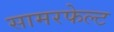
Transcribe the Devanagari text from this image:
सामरफेल्ट